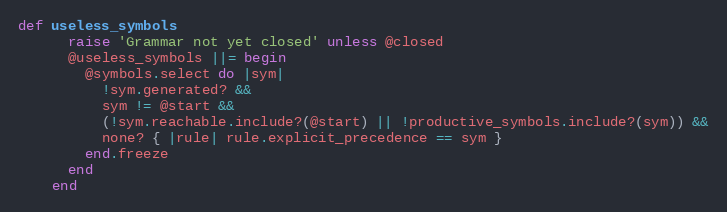
Language: Ruby
def useless_symbols
      raise 'Grammar not yet closed' unless @closed
      @useless_symbols ||= begin
        @symbols.select do |sym|
          !sym.generated? &&
          sym != @start &&
          (!sym.reachable.include?(@start) || !productive_symbols.include?(sym)) &&
          none? { |rule| rule.explicit_precedence == sym }
        end.freeze
      end
    end